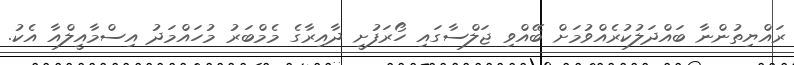
ރައްޔިތުންނާ ބައްދަލުކުރެއްވުމަށް ބޭއްވި ޖަލްސާގައި ހޯރަފުށީ ދާއިރާގެ މެމްބަރު މުހައްމަދު އިސްމާއީލްއާ އެކު.